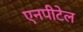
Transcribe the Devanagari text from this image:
एनपीटेल